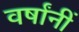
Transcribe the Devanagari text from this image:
वर्षांनीं